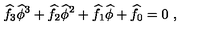
\widehat { f } _ { 3 } \widehat { \phi } ^ { 3 } + \widehat { f } _ { 2 } \widehat { \phi } ^ { 2 } + \widehat { f } _ { 1 } \widehat { \phi } + \widehat { f } _ { 0 } = 0 \ ,